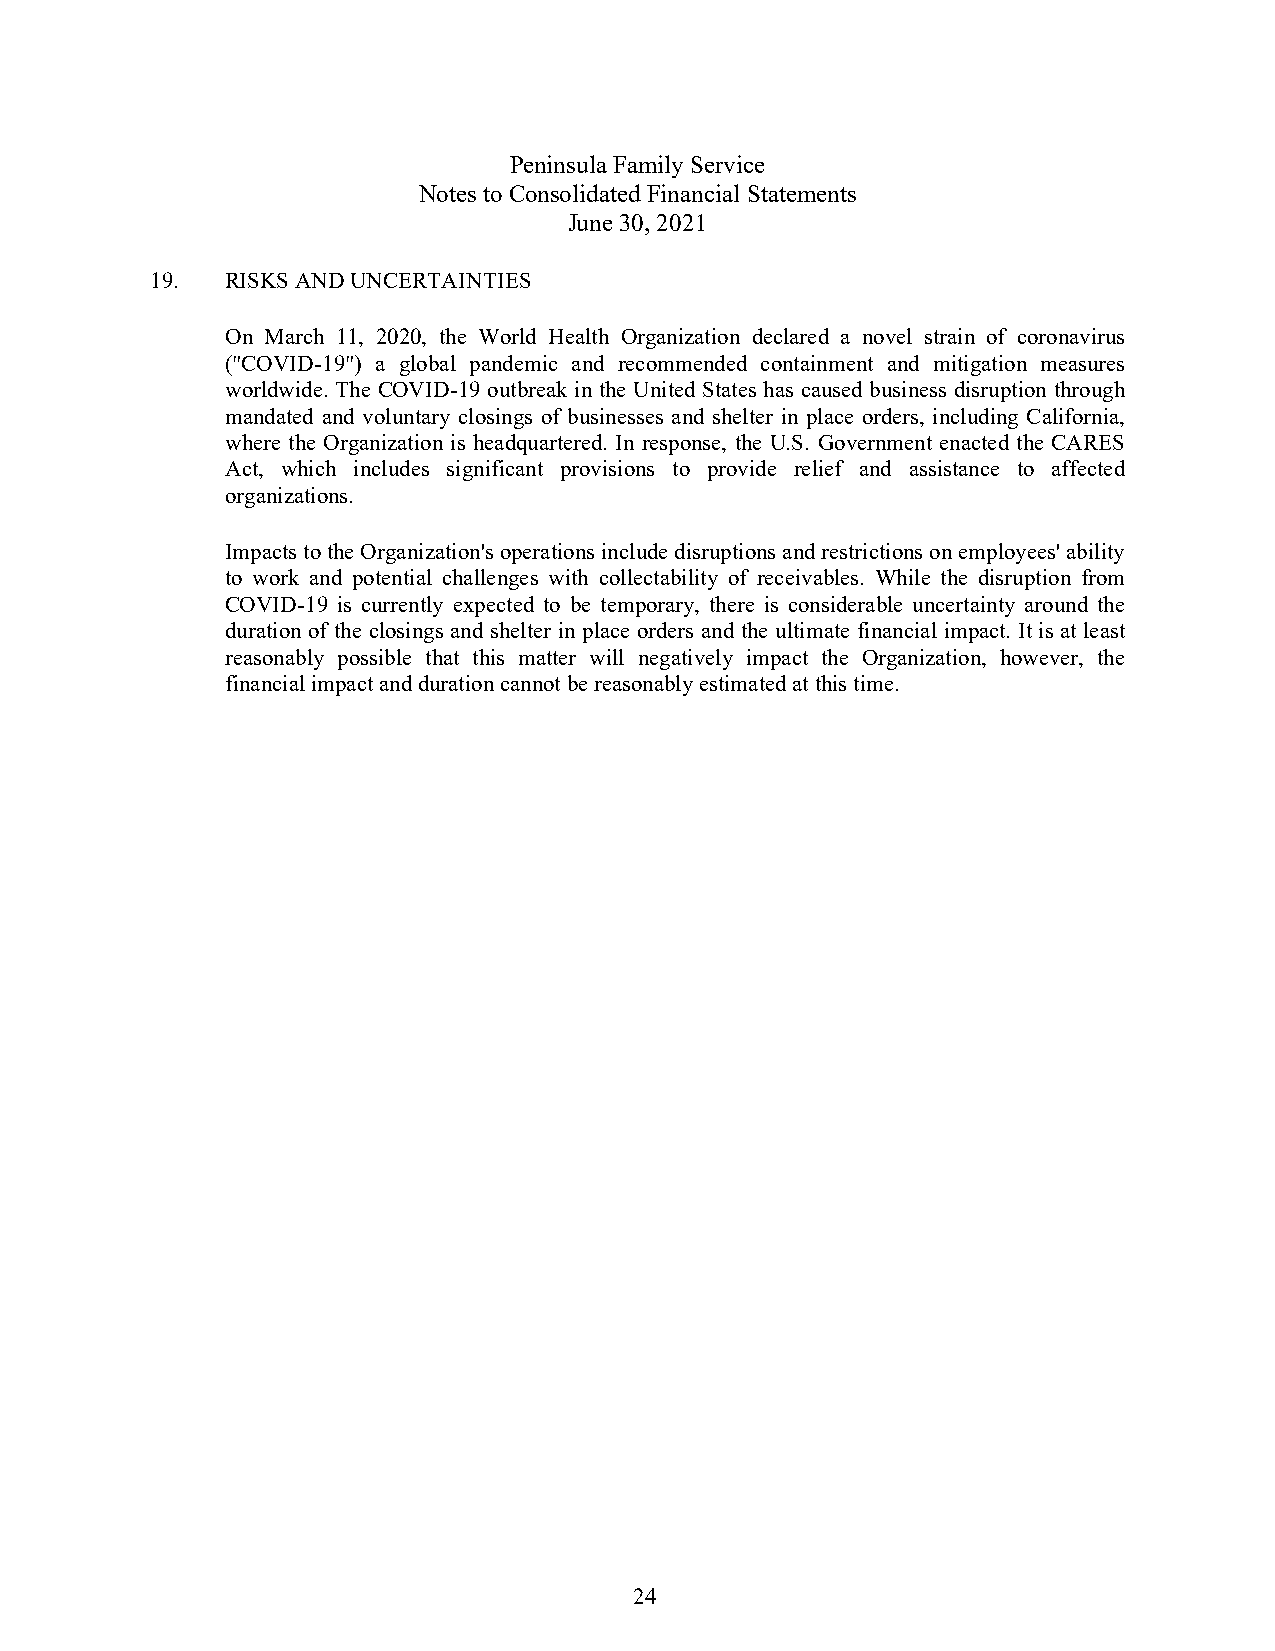
Peninsula Family Service
 Notes to Consolidated Financial Statements
 June 30, 2021
 19.  RISKS AND UNCERTAINTIES
 On March 11, 2020, the World Health Organization declared a novel strain of coronavirus
 ("COVID-19") a global pandemic and recommended containment and mitigation measures
 worldwide. The COVID-19 outbreak in the United States has caused business disruption through
 mandated and voluntary closings of businesses and shelter in place orders, including California,
 where the Organization is headquartered. In response, the U.S. Government enacted the CARES
 Act, which includes significant provisions to provide relief and assistance to affected
 organizations.
 Impacts to the Organization's operations include disruptions and restrictions on employees' ability
 to work and potential challenges with collectability of receivables. While the disruption from
 COVID-19 is currently expected to be temporary, there is considerable uncertainty around the
 duration of the closings and shelter in place orders and the ultimate financial impact. It is at least
 reasonably possible that this matter will negatively impact the Organization, however, the
 financial impact and duration cannot be reasonably estimated at this time.
 24